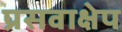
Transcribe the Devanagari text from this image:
प्रसवाक्षेप